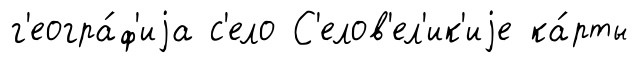
г'еогра́ф'иjа с'ело С'елов'ел'ик'иjе ка́рты